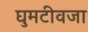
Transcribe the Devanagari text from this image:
घुमटीवजा